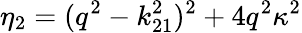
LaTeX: \eta_{2}=(q^{2}-k_{21}^{2})^{2}+4q^{2}\kappa^{2}